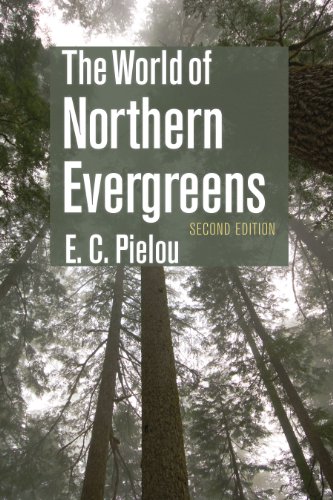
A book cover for The World of Northern Evergreens; E. C. Pielou; Science & Math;